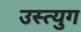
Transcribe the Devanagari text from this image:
उस्त्युग